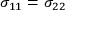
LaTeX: \sigma _ { 1 1 } = \sigma _ { 2 2 }